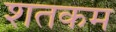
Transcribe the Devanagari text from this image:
शतकम